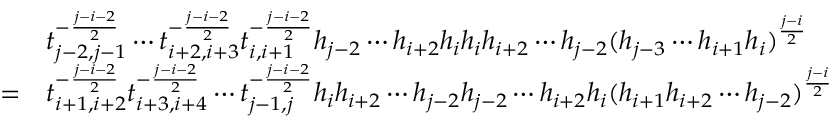
\begin{array} { r l } & { t _ { j - 2 , j - 1 } ^ { - \frac { j - i - 2 } { 2 } } \cdots t _ { i + 2 , i + 3 } ^ { - \frac { j - i - 2 } { 2 } } t _ { i , i + 1 } ^ { - \frac { j - i - 2 } { 2 } } h _ { j - 2 } \cdots h _ { i + 2 } h _ { i } h _ { i } h _ { i + 2 } \cdots h _ { j - 2 } ( h _ { j - 3 } \cdots h _ { i + 1 } h _ { i } ) ^ { \frac { j - i } { 2 } } } \\ { = } & { t _ { i + 1 , i + 2 } ^ { - \frac { j - i - 2 } { 2 } } t _ { i + 3 , i + 4 } ^ { - \frac { j - i - 2 } { 2 } } \cdots t _ { j - 1 , j } ^ { - \frac { j - i - 2 } { 2 } } h _ { i } h _ { i + 2 } \cdots h _ { j - 2 } h _ { j - 2 } \cdots h _ { i + 2 } h _ { i } ( h _ { i + 1 } h _ { i + 2 } \cdots h _ { j - 2 } ) ^ { \frac { j - i } { 2 } } } \end{array}